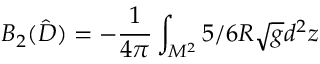
B _ { 2 } ( \hat { D } ) = - { \frac { 1 } { 4 \pi } } \int _ { M ^ { 2 } } ^ { } 5 / 6 R \sqrt { g } d ^ { 2 } z